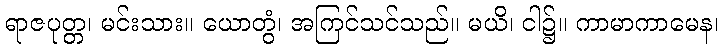
ရာဇပုတ္တ၊ မင်းသား။ ယောတွံ၊ အကြင်သင်သည်။ မယိ၊ ငါ၌။ ကာမာကာမေန၊